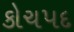
કોચપદ